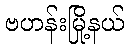
ဗဟန်းမြို့နယ်